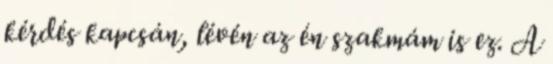
kérdés kapcsán, lévén az én szakmám is ez. A